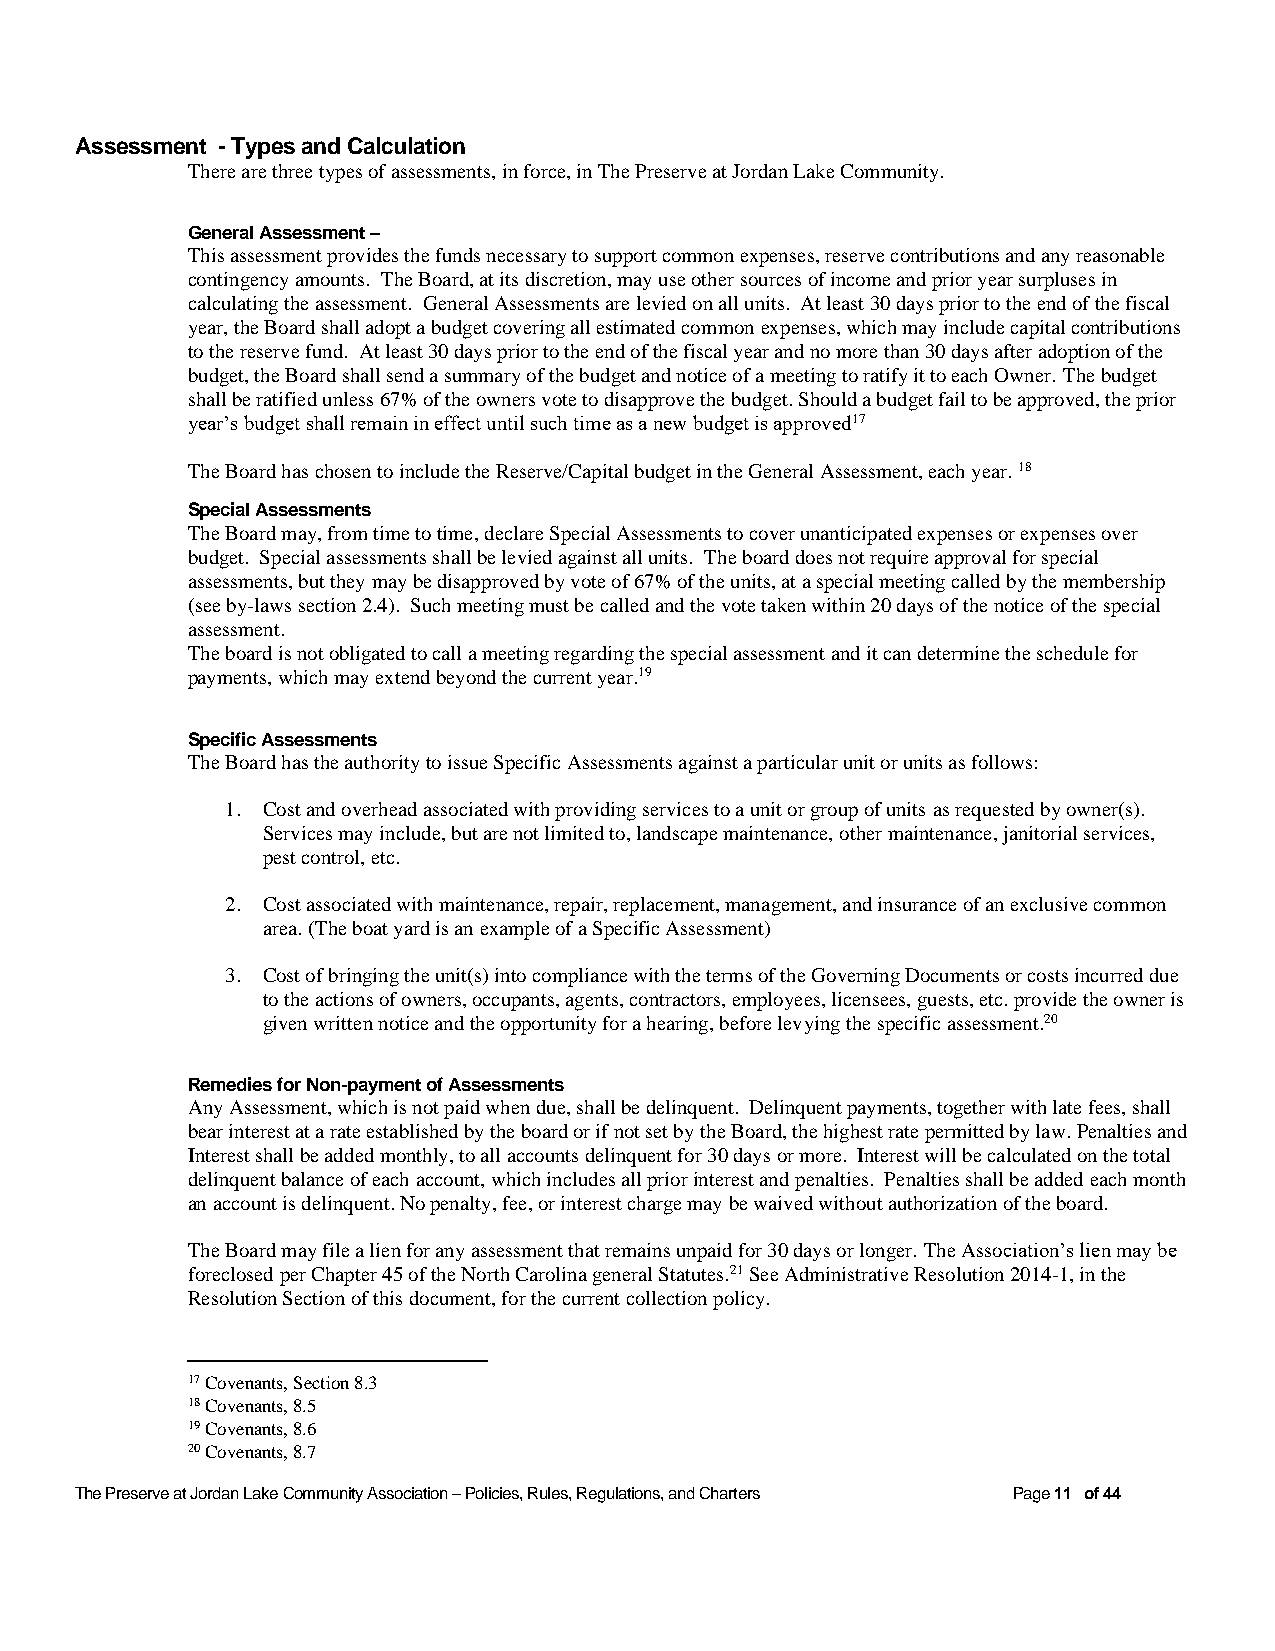
Assessment - Types and Calculation
 There are three types of assessments, in force, in The Preserve at Jordan Lake Community.
 General Assessment –
 This assessment provides the funds necessary to support common expenses, reserve contributions and any reasonable
 contingency amounts. The Board, at its discretion, may use other sources of income and prior year surpluses in
 calculating the assessment. General Assessments are levied on all units. At least 30 days prior to the end of the fiscal
 year, the Board shall adopt a budget covering all estimated common expenses, which may include capital contributions
 to the reserve fund. At least 30 days prior to the end of the fiscal year and no more than 30 days after adoption of the
 budget, the Board shall send a summary of the budget and notice of a meeting to ratify it to each Owner. The budget
 shall be ratified unless 67% of the owners vote to disapprove the budget. Should a budget fail to be approved, the prior
 year’s budget shall remain in effect until such time as a new budget is approved17
 The Board has chosen to include the Reserve/Capital budget in the General Assessment, each year. 18
 Special Assessments
 The Board may, from time to time, declare Special Assessments to cover unanticipated expenses or expenses over
 budget. Special assessments shall be levied against all units. The board does not require approval for special
 assessments, but they may be disapproved by vote of 67% of the units, at a special meeting called by the membership
 (see by-laws section 2.4). Such meeting must be called and the vote taken within 20 days of the notice of the special
 assessment.
 The board is not obligated to call a meeting regarding the special assessment and it can determine the schedule for
 payments, which may extend beyond the current year.19
 Specific Assessments
 The Board has the authority to issue Specific Assessments against a particular unit or units as follows:
 1. Cost and overhead associated with providing services to a unit or group of units as requested by owner(s).
 Services may include, but are not limited to, landscape maintenance, other maintenance, janitorial services,
 pest control, etc.
 2. Cost associated with maintenance, repair, replacement, management, and insurance of an exclusive common
 area. (The boat yard is an example of a Specific Assessment)
 3. Cost of bringing the unit(s) into compliance with the terms of the Governing Documents or costs incurred due
 to the actions of owners, occupants, agents, contractors, employees, licensees, guests, etc. provide the owner is
 given written notice and the opportunity for a hearing, before levying the specific assessment.20
 Remedies for Non-payment of Assessments
 Any Assessment, which is not paid when due, shall be delinquent. Delinquent payments, together with late fees, shall
 bear interest at a rate established by the board or if not set by the Board, the highest rate permitted by law. Penalties and
 Interest shall be added monthly, to all accounts delinquent for 30 days or more. Interest will be calculated on the total
 delinquent balance of each account, which includes all prior interest and penalties. Penalties shall be added each month
 an account is delinquent. No penalty, fee, or interest charge may be waived without authorization of the board.
 The Board may file a lien for any assessment that remains unpaid for 30 days or longer. The Association’s lien may be
 foreclosed per Chapter 45 of the North Carolina general Statutes.21 See Administrative Resolution 2014-1, in the
 Resolution Section of this document, for the current collection policy.
 17 Covenants, Section 8.3
 18 Covenants, 8.5
 19 Covenants, 8.6
 20 Covenants, 8.7
 The Preserve at Jordan Lake Community Association – Policies, Rules, Regulations, and Charters Page 11 of 44